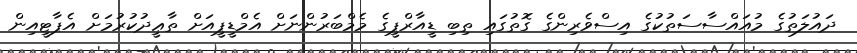
ދައުލަތުގެ މުއައްސާސަތުކުގެ އިސްވެރިންގެ ގޮތުގައި ތިބި ޑީއާރްޕީގެ މެމްބަރުންނަށް އެމްޑީޕީއަށް ތާޢީދުކުރުމަށް އެޕާޓީއިން